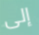
إلى